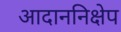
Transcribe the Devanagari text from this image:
आदाननिक्षेप